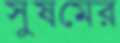
সুষমের